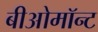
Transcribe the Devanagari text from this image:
बीओमॉन्ट